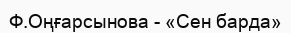
Ф.Оңғарсынова - «Сен барда»